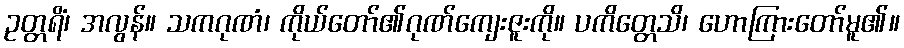
ဥတ္တရိံ၊ အလွန်။ သကဂုဏံ၊ ကိုယ်တော်၏ဂုဏ်ကျေးဇူးကို။ ပကိတ္တေသိ၊ ဟောကြားတော်မူ၏။